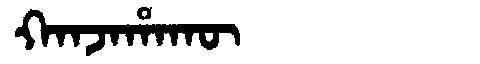
Manchu: ᡴᠠᠨᠵᠠᡥᠠᡴᡡ
Romanization: KANJAHAKŪ